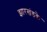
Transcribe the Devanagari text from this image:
झारखंडके